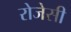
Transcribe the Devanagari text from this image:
रोजेसी